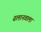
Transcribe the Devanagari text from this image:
ढलानवाला